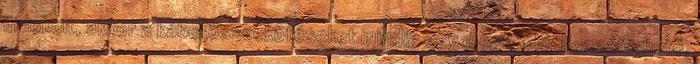
indokolt, akkor a kábel összekötéseket mindig egy megfelelõ, hozzáférhetõ,